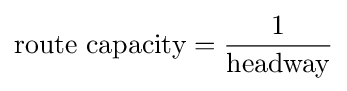
{\text{route capacity}}={\frac {1}{\text{headway}}}